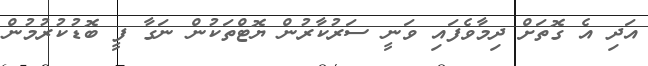
އަދި އެ ގޮތަށް ދިމާވެފައި ވަނީ ސަރުކާރުން ޔޮޓްތަކުން ނަގާ ފީ ބޮޑުކުރުމުން